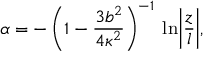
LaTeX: \alpha = - \left( 1 - \frac { 3 b ^ { 2 } } { 4 \kappa ^ { 2 } } \right) ^ { - 1 } \: \ln \biggl | \frac { z } { l } \biggr | ,